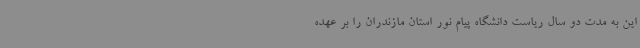
این به مدت دو سال ریاست دانشگاه پیام نور استان مازندران را بر عهده